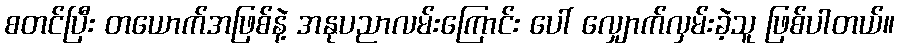
စတင်ပြီး တယောက်အဖြစ်နဲ့ အနုပညာလမ်းကြောင်း ပေါ် လျှောက်လှမ်းခဲ့သူ ဖြစ်ပါတယ်။